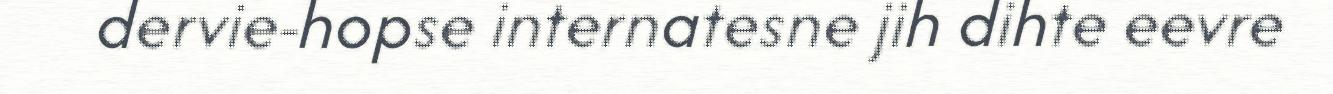
dervie-hopse internatesne jih dihte eevre